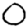
Digit: 0